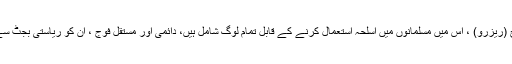
دفعہ نمبر 63: فوج دوقسم کی ہوتی ہے :احتیاطی فوج (ریزرو) ، اس میں مسلمانوں میں اسلحہ استعمال کرنے کے قابل تمام لوگ شامل ہیں، دائمی اور مستقل فوج ، ان کو ریاستی بجٹ سے دوسرے ملازمین کی طرح تنخواہیں دی جائیں گی ۔